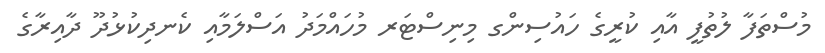
މުސްތަފާ ލުތުފީ އާއި ކުރީގެ ހައުސިންގ މިނިސްޓަރ މުހައްމަދު އަސްލަމާއި ކެނދިކުޅުދޫ ދާއިރާގެ